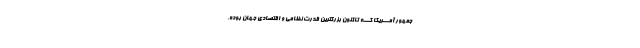
جمهور آمـــریکا کـــه تاکنون بزرگترین قدرت نظامی و اقتصادی جهان بوده،